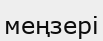
меңзері